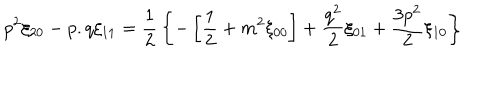
p ^ { 2 } \xi _ { 2 0 } - p . q \xi _ { 1 1 } = { \frac { 1 } { 2 } } \left\{ - \left[ { \frac { 1 } { 2 } } + m ^ { 2 } \xi _ { 0 0 } \right] + { \frac { q ^ { 2 } } { 2 } } \xi _ { 0 1 } + { \frac { 3 p ^ { 2 } } { 2 } } \xi _ { 1 0 } \right\}